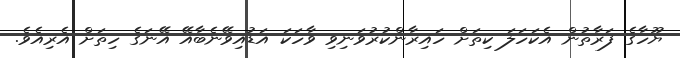
ޔޫހާގެ ފަރާތުން އެކަހަލަ ކިތަށް ހައިރާންކުރުވަނިވި ވާހަކަ އަޑުއިވޭނެބާއޭ އޭނަގެ ހިތަށް އެރިއެވެ.